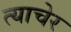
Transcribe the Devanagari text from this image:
त्याचेर